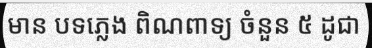
មាន បទភ្លេង ពិណពាទ្យ ចំនួន ៥ ដូជា